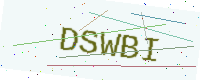
Text: DSWBI